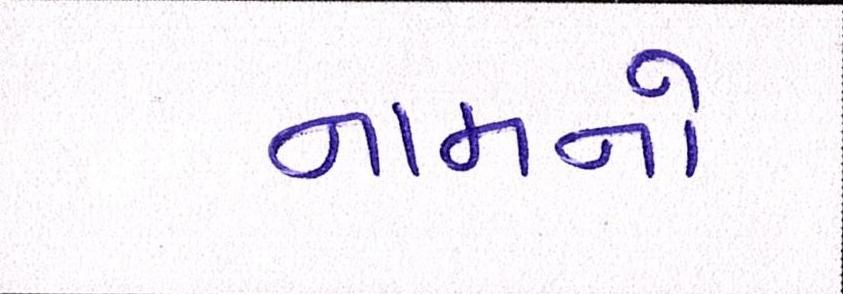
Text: નામનો